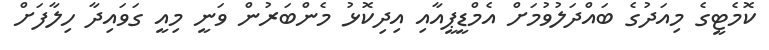
ކޮމެޓީގެ މިއަދުގެ ބައްދަލުވުމަށް އެމްޑީޕީއާއި އިދިކޮޅު މެންބަރުން ވަނީ މިއީ ގަވައިދާ ހިލާފަށް